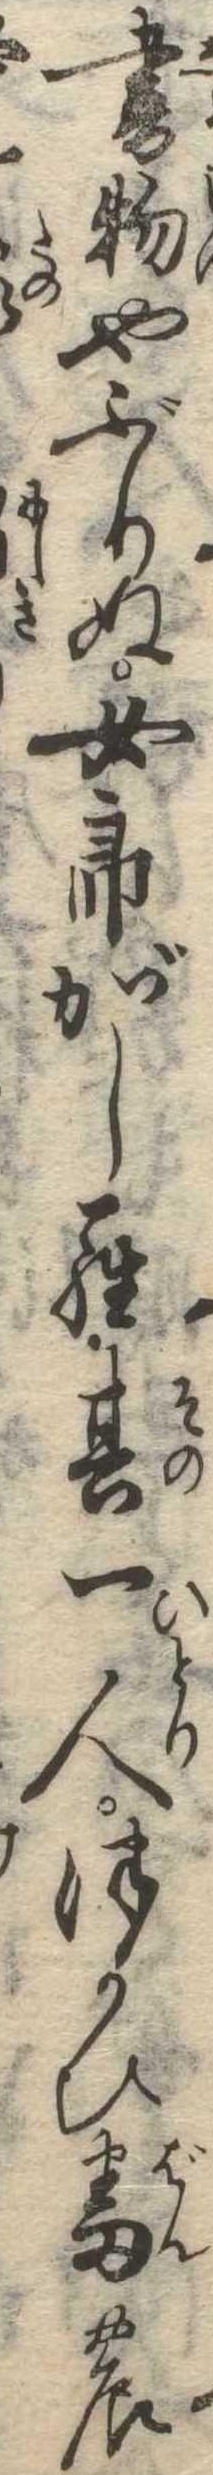
書物やぶりぬ女郎がしら其一人つかひ番の